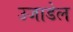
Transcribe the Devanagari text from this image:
उजाडेल